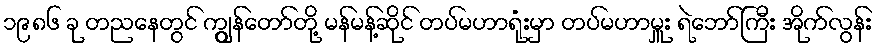
၁၉၈၆ ခု တညနေတွင် ကွျွန်တော်တို့ မန်မန့်ဆိုင် တပ်မဟာရုံးမှာ တပ်မဟာမှူး ရဲဘော်ကြီး အိုက်လွန်း